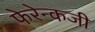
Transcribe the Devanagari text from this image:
फेरेन्कजी